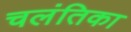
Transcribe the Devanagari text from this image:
चलंतिका